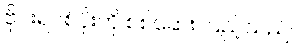
ဗိုင်းရပ်စ်ပိုးကို စစ်ဆေးကြည့်သည်။